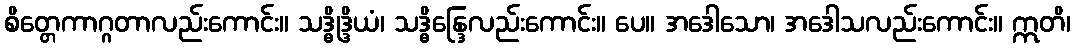
စိတ္တေကာဂ္ဂတာလည်းကောင်း။ သဒ္ဓိုဒ္ဒိယံ၊ သဒ္ဓိန္ဒြေလည်းကောင်း။ ပေ။ အဒေါသော၊ အဒေါသလည်းကောင်း။ ဣတိ၊